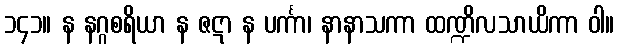
၁၄၁။ န နဂ္ဂစရိယာ န ဇဋာ န ပင်္ကာ၊ နာနာသကာ ထဏ္ဍိလသာယိကာ ဝါ။